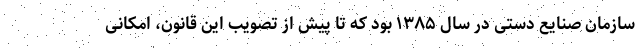
سازمان صنایع دستی در سال ۱۳۸۵ بود که تا پیش از تصویب این قانون، امکانی